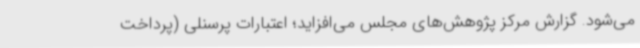
می‌شود. گزارش مرکز پژوهش‌های مجلس می‌افزاید؛ اعتبارات پرسنلی (پرداخت